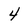
Character: 4